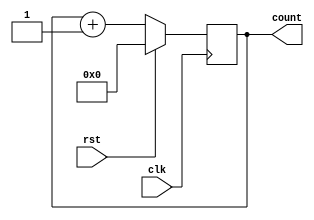
module programCounter(clk, rst, count);

input clk,rst;
output reg [7:0] count;

always @(posedge clk)
begin
	if(!rst)begin
//		$display("counting");
		count = count + 1;
	end
	else
		count = 0;// $display("here count: %b", count);
end
endmodule